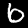
Digit: 6